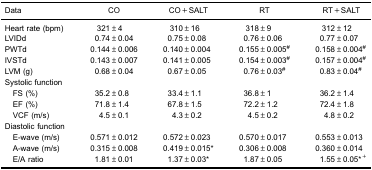
| Data | CO | CO+SALT | RT | RT+SALT |
 | --- | --- | --- | --- | --- |
 | Heart rate (bpm) | 321±4 | 310±16 | 318±9 | 312±12 |
 | LVIDd | 0.74±0.04 | 0.75±0.08 | 0.76±0.06 | 0.77±0.07 |
 | PWTd | 0.144±0.006 | 0.140±0.004 | 0.155±0.005# | 0.158±0.004# |
 | IVSTd | 0.143±0.007 | 0.141±0.005 | 0.154±0.003# | 0.157±0.004# |
 | LVM (g) | 0.68±0.04 | 0.67±0.05 | 0.76±0.03# | 0.83±0.04# |
 | Systolic function |  |  |  |  |
 | FS (%) | 35.2±0.8 | 33.4±1.1 | 36.8±1 | 36.2±1.4 |
 | EF (%) | 71.8±1.4 | 67.8±1.5 | 72.2±1.2 | 72.4±1.8 |
 | VCF (m/s) | 4.5±0.1 | 4.3±0.2 | 4.5±0.2 | 4.8±0.2 |
 | Diastolic function |  |  |  |  |
 | E-wave (m/s) | 0.571±0.012 | 0.572±0.023 | 0.570±0.017 | 0.553±0.013 |
 | A-wave (m/s) | 0.315±0.008 | 0.419±0.015* | 0.306±0.008 | 0.360±0.014 |
 | E/A ratio | 1.81±0.01 | 1.37±0.03* | 1.87±0.05 | 1.55±0.05*+ |